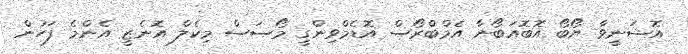
އޮޝަނީވާ ޔޯބޯ އޮބޮއަބޯނާ އެމްބްރޯސް އޮޑެމްވިންގީ މޯސަސް މިކެލް އޮނެޒީ އެންމެ ފަހުން